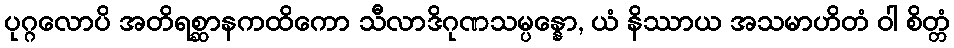
ပုဂ္ဂလောပိ အတိရစ္ဆာနကထိကော သီလာဒိဂုဏသမ္ပန္နော, ယံ နိဿာယ အသမာဟိတံ ဝါ စိတ္တံ